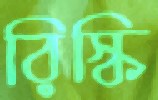
রিস্কি